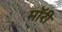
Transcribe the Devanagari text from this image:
मॉरी